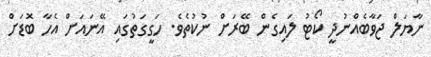
ނާޔަލް ޖަވާބެއްނުދީ ކޯޓު ލައިގެން ބޭރަށް ނުކުތެވެ. ހަގީގަތުގައި އޭނައަށް އެހާ ބޮޑަށް